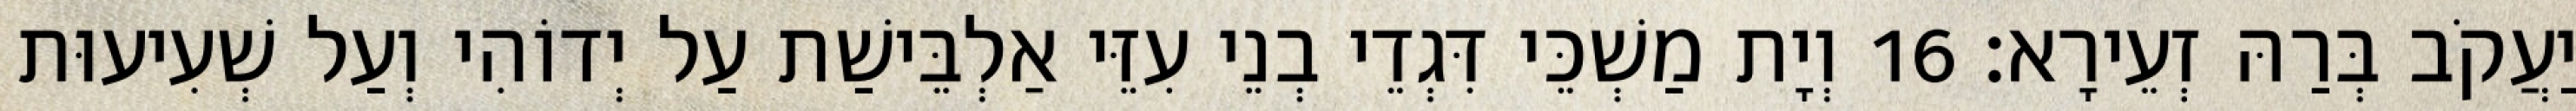
יַעֲקֹב בְּרַהּ זְעֵירָא׃ 16 וְיָת מַשְׁכֵּי דִּגְדֵי בְנֵי עִזֵּי אַלְבֵּישַׁת עַל יְדוֹהִי וְעַל שְׁעִיעוּת